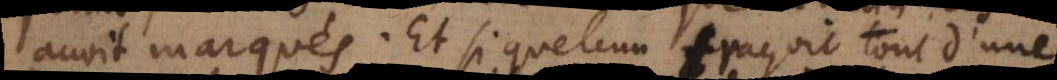
avoit marqués. Et si quelcun traçoit tout d’une